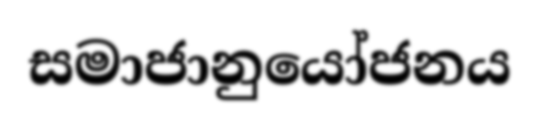
සමාජානුයෝජනය